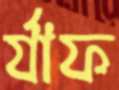
র‍্যাফ